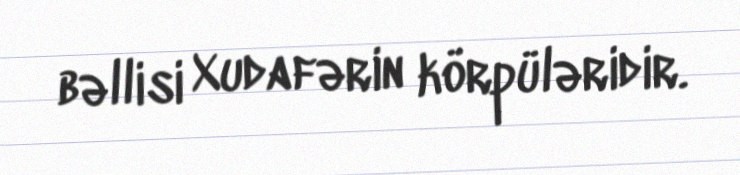
bəllisi Xudafərin körpüləridir.